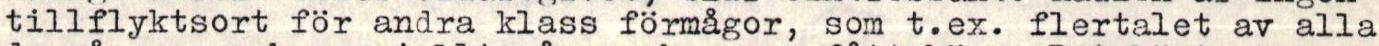
tillflyktsort för andra klass förmågor, som t.ex. flertalet av alla